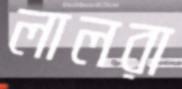
লালরা